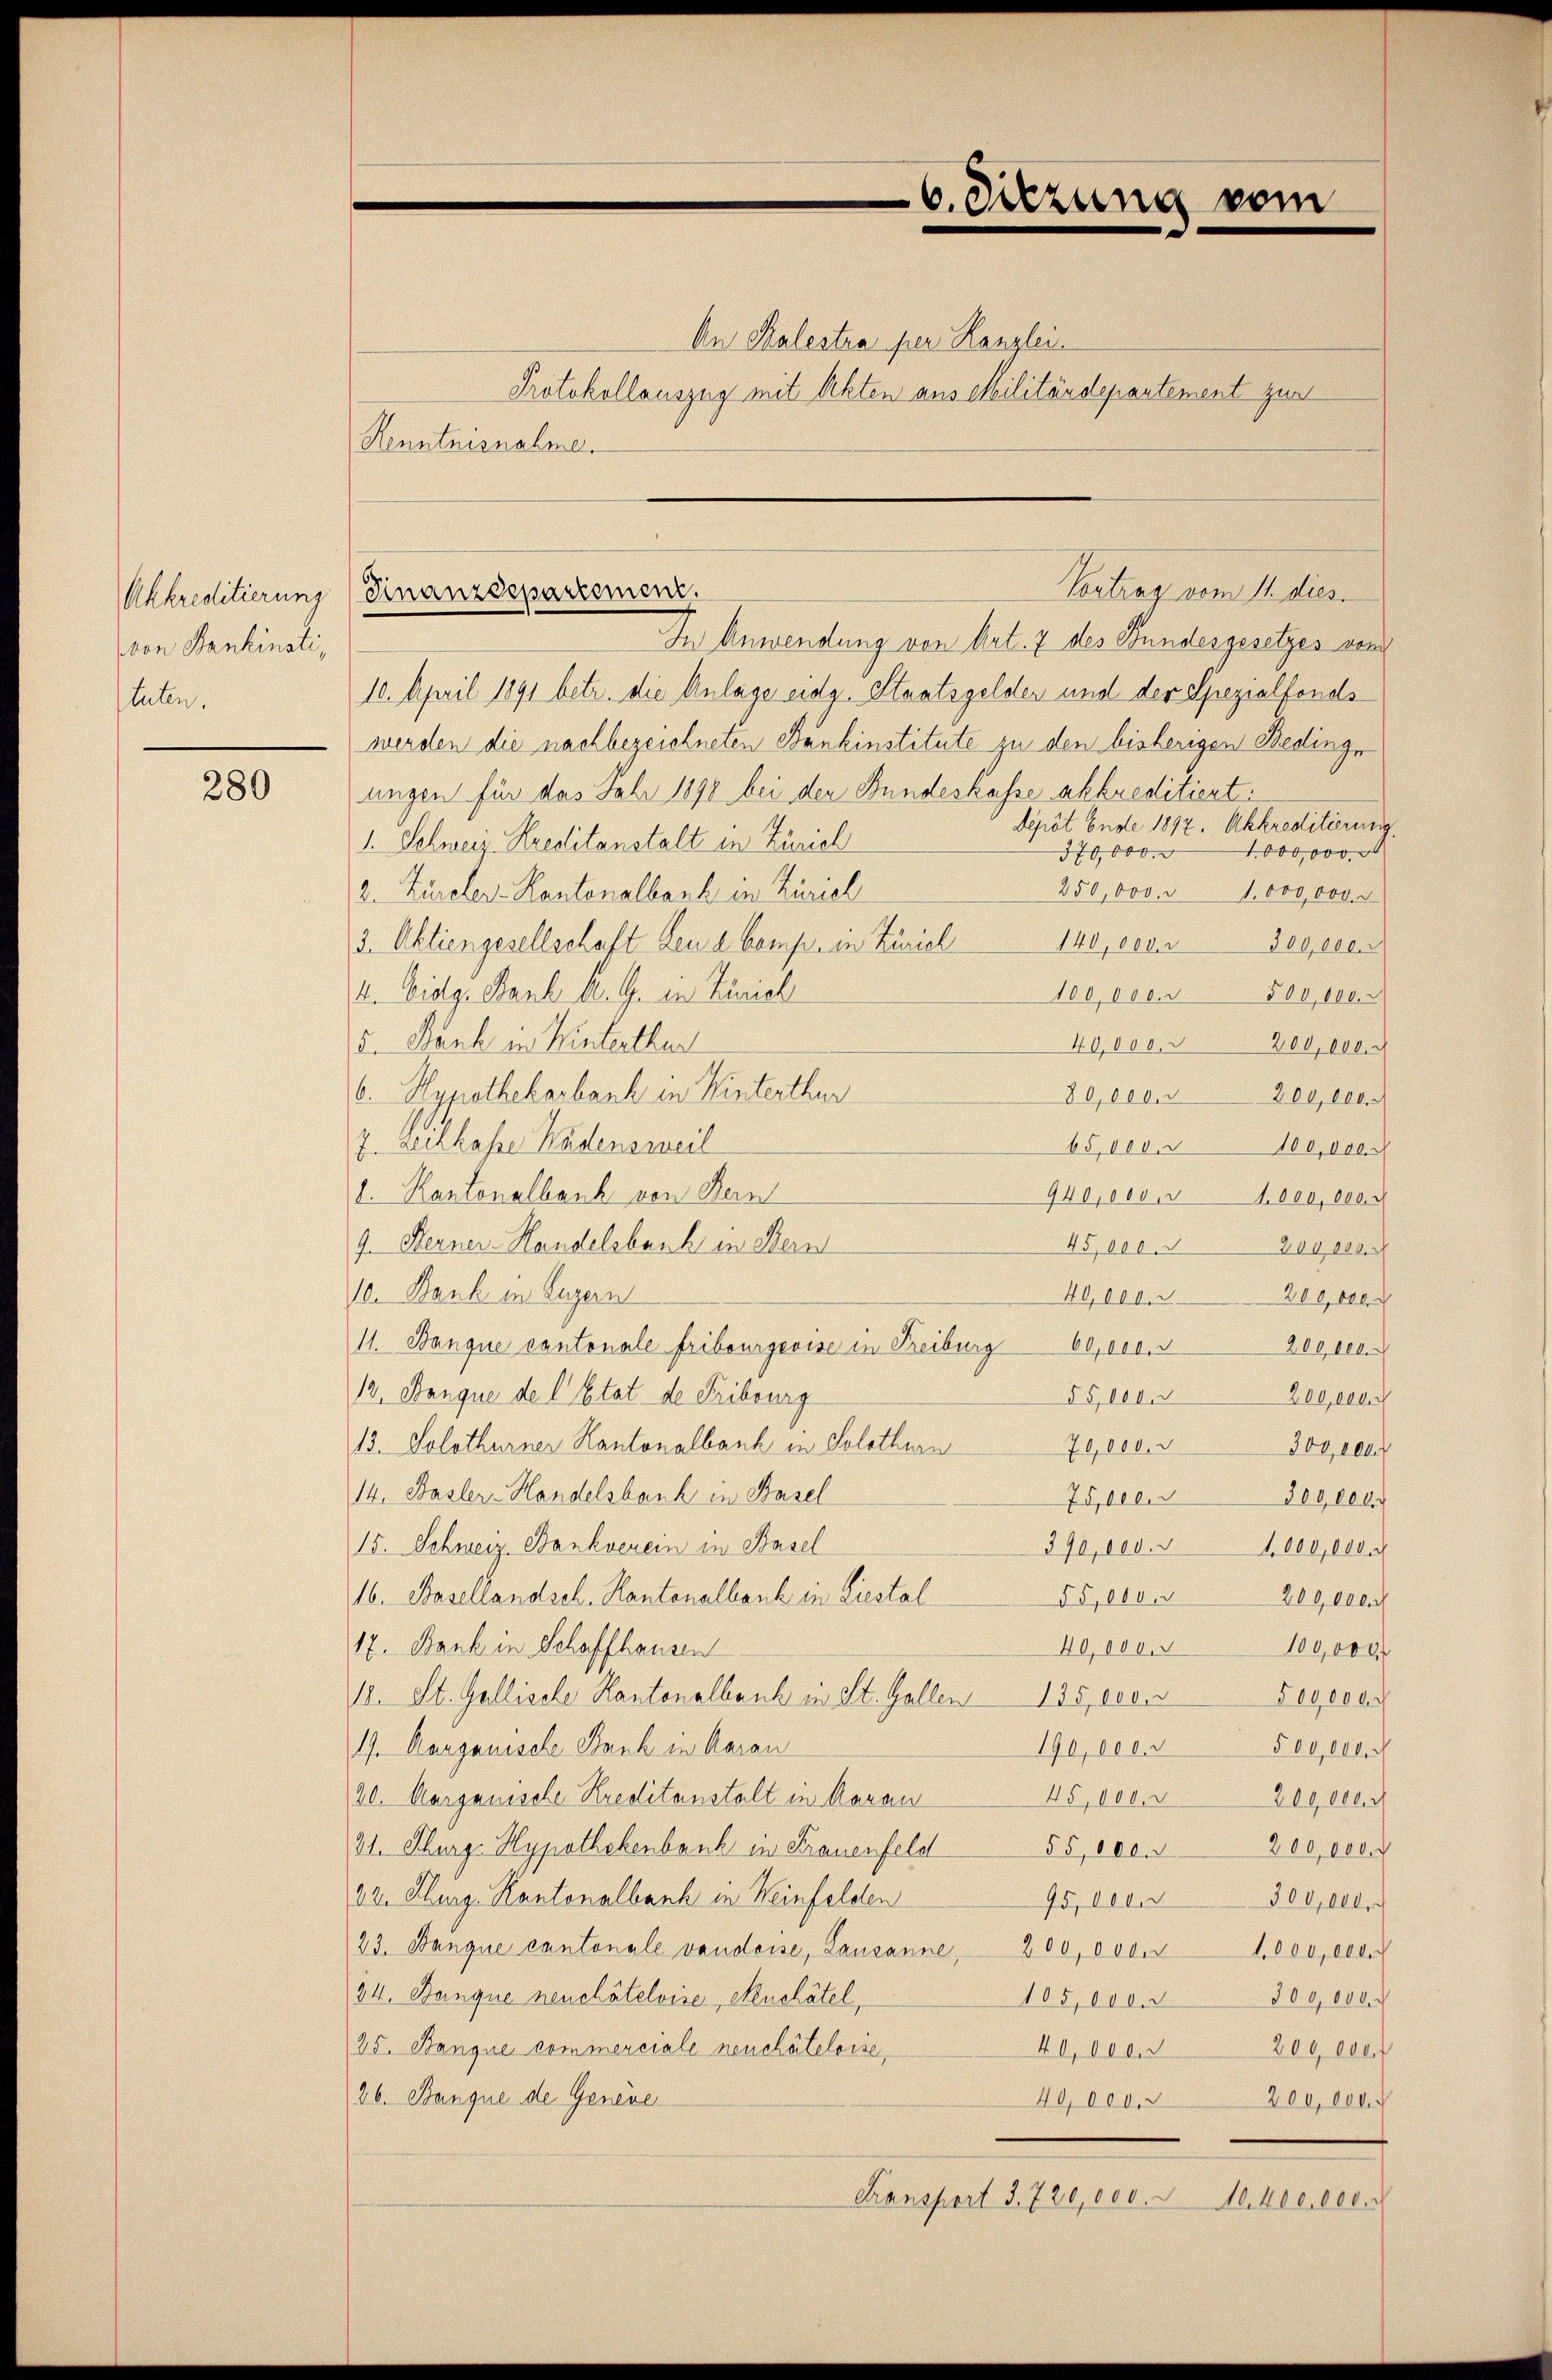
(von Bankinsti,
tuten.

280

Vortrag vom 11. dies
Akkreditierung (Finanzdepartemen.

6. Sitzung vom

An Kalestra per Kanzlei.
Protokollauszug mit Akten aus Militärdepartement zur
Henntnisnahme.
In Anwendung von Art. 7 des Stundesgesetzes vom
10. April 1891 betr. die Anlage eidg. Staatsgelder und der Spezialfonds
werden die nachbezeichneten Bankinstitute zu den bisherigen Bedinge
ungen für das Jahr 1898 bei der Bundeskasse akkreditiert:
dépôt Ende 1892. Akkreditierung
1. Sehweiz. Kreditanstalt in Zürich
1000,000
370,000.
2. Zürcler-Kantonalbank in Zürich
250,000. u 1.000,000
3. Aktiengesellschaft Leue Comp. in Zivil
140,000 n 300,000.
4. Eidg. Dank A. G. in Zürich
100,000. 500,000.
5. Bank in Winterthur
40,000, 200,000.
6. Hypothekarbank in Winterthur
80,000. 3200,000
7. Leihkasse Kadensweil
65,000.
100,000
1. Kantonalbank von Ken
940,000 000,000. d
9. Meiner Handelsbank in Bern
45,000. 200,000
10. Bank in Luzern
40,000. 3200,000
11. Banque cantonale Fribourgeoise in Freiburg 60,000. 3200.
12. Danque de l. Etat de Fribourg
§5,000.
Zogedach
13. Solothurner Kantonalbank in Solothurn
70,000.
300,000
14. Basler-Handelsbank in Basel
75,000. 5800,000
15. Schweiz. Bankverein in Basel
390,000. 11,000,000. g
16. Basellandsch. Kantonalbank in Liestal
55,000. 200,000 F
17. Dank in Schaffhausen
40,000. u 100,000
10. St. Gallische Kantonalbank in St. Gallen 135 000. 500,0000
19. Aarganische Bank in Aarau
190,000. 500,000 M
20. Marganische Kreditanstalt in darau
45,000. 200,000.
21. Thurg, Hypothekenbank in Frauenfeld 55,000. 200,000 M
82. Iburg. Kantonalbank in Weinfelden
95,000. 300,000.
23. Banque cantonale vaudoise, Lausanne, 200,000. 1000,000.
34. Banque neuchâteloise, Meuchâtel,
105,000. 3500,000
25. Banque commerciale neuchâteloise
40,000.
200,000
36. Banque de Genere
40,000. 200,000
Transport §. 720,000.
N0. 400,000.